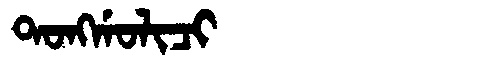
Manchu: ᡨᠣᠩᡤᠣᠯᡳᠴᡳ
Romanization: TONGGOLICI